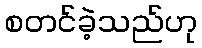
စတင်ခဲ့သည်ဟု